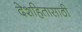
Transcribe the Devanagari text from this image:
देशहितासाठी